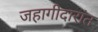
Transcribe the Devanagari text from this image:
जहागीदारांत